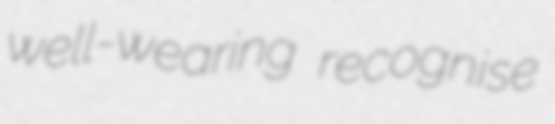
well-wearing recognise